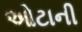
ઓટાની